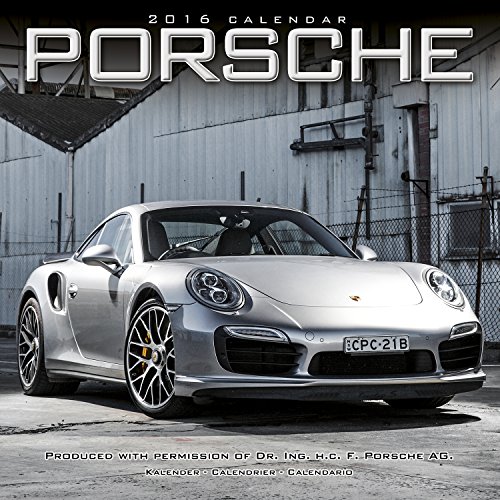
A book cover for Porsche Calendar- 2016 Wall calendars - Car Calendar - Automobile Calendar - Monthly Wall Calendar by Avonside; MegaCalendars; Calendars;